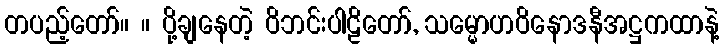
တပည့်တော်။ ။ ပို့ချနေတဲ့ ဝိဘင်းပါဠိတော်, သမ္မောဟဝိနောဒနီအဋ္ဌကထာနဲ့